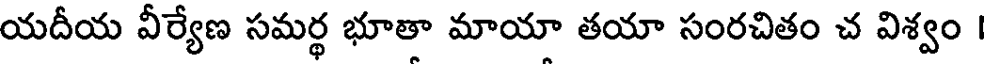
యదీయ వీర్యేణ సమర్థ భూతా మాయా తయా సంరచితం చ విశ్వం